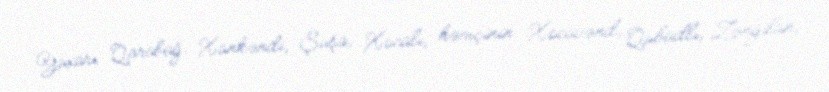
Yuxarı Qarabağ: Xankəndi, Şuşa, Xocalı, həmçinin Xocavənd, Qubadlı, Zəngilan,